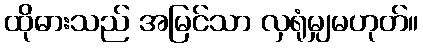
ထိုဓားသည် အမြင်သာ လှရုံမျှမဟုတ်။